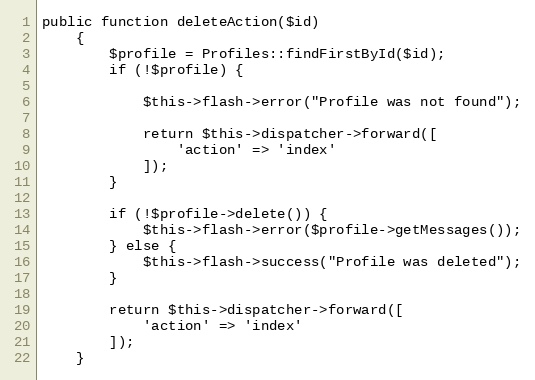
Language: PHP
public function deleteAction($id)
    {
        $profile = Profiles::findFirstById($id);
        if (!$profile) {

            $this->flash->error("Profile was not found");

            return $this->dispatcher->forward([
                'action' => 'index'
            ]);
        }

        if (!$profile->delete()) {
            $this->flash->error($profile->getMessages());
        } else {
            $this->flash->success("Profile was deleted");
        }

        return $this->dispatcher->forward([
            'action' => 'index'
        ]);
    }